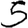
Digit: 5